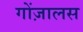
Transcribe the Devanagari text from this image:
गोंज़ालस